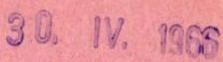
30.IV.1966